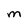
Character: M